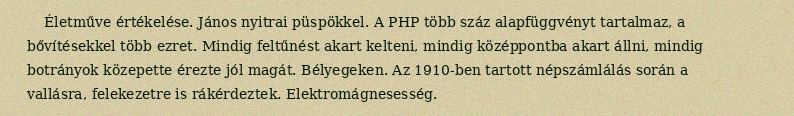
Életműve értékelése. János nyitrai püspökkel. A PHP több száz alapfüggvényt tartalmaz, a bővítésekkel több ezret. Mindig feltűnést akart kelteni, mindig középpontba akart állni, mindig botrányok közepette érezte jól magát. Bélyegeken. Az 1910-ben tartott népszámlálás során a vallásra, felekezetre is rákérdeztek. Elektromágnesesség.